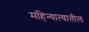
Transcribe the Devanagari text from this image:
महिन्यात्यातील